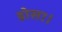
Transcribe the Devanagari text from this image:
डोसा।